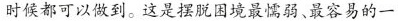
时候都可以做到。这是摆脱困境最懦弱、最容易的一